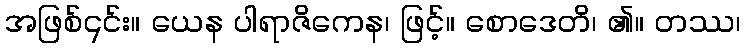
အဖြစ်၎င်း။ ယေန ပါရာဇိကေန၊ ဖြင့်။ စောဒေတိ၊ ၏။ တဿ၊